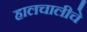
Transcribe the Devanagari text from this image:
हालचालीचे